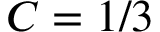
C = 1 / 3